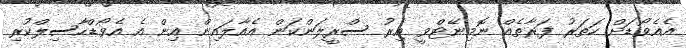
އެއެވޯޑަށް ހަތަރު ފަރާތެއް ނޮމިނޭޓްވީ އިރު ސްރީލަންކަން އެއާލައިން އިން އެ އެވޯޑްހާސިލްކުރި